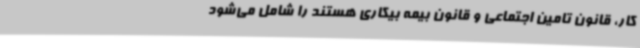
کار، قانون تامین اجتماعی و قانون بیمه بیکاری هستند را شامل می‌شود